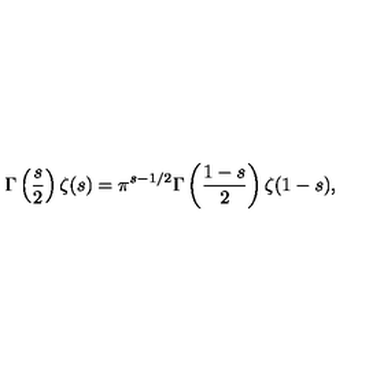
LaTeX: \Gamma \left( \frac { s } { 2 } \right) \zeta ( s ) = \pi ^ { s - 1 / 2 } \Gamma \left( \frac { 1 - s } { 2 } \right) \zeta ( 1 - s ) ,